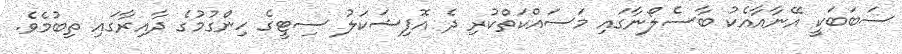
ސަބަބަކީ އޭނާއާއެކު ބާސެލޯނާގައި މަސައްކަތްކުރި ދެ އޮފިޝަކަލު ސިޓީގެ ހިންގުމުގެ ދާއިރާގައި ތިބުމެވެ.